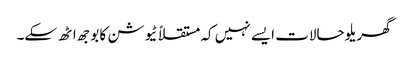
گھریلو حالات ایسے نہیں کہ مستقلاً ٹیوشن کا بوجھ اٹھ سکے۔